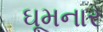
ઘૂમનાર